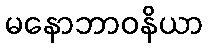
မနောဘာဝနိယာ